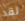
لقد